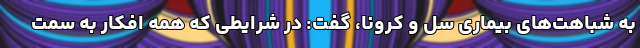
به شباهت‌های بیماری سل و کرونا، گفت: در شرایطی که همه‌ افکار به سمت